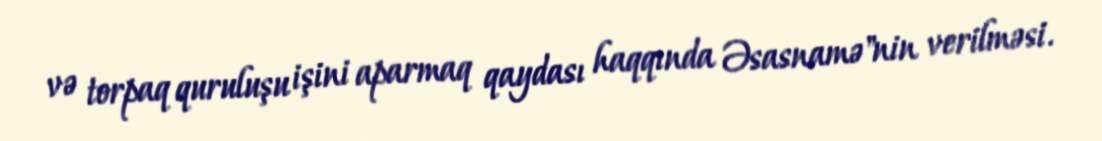
və torpaq quruluşu işini aparmaq qaydası haqqında Əsasnamə"nin verilməsi.